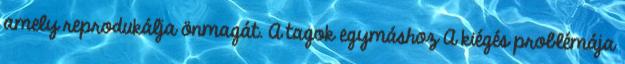
amely reprodukálja önmagát. A tagok egymáshoz A kiégés problémája